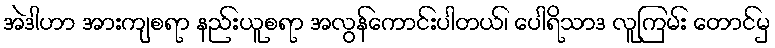
အဲဒါဟာ အားကျစရာ နည်းယူစရာ အလွန်ကောင်းပါတယ်၊ ပေါရိသာဒ လူကြမ်း တောင်မှ